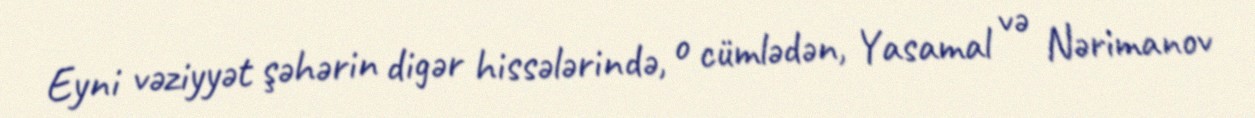
Eyni vəziyyət şəhərin digər hissələrində, o cümlədən, Yasamal və Nərimanov